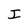
Character: I